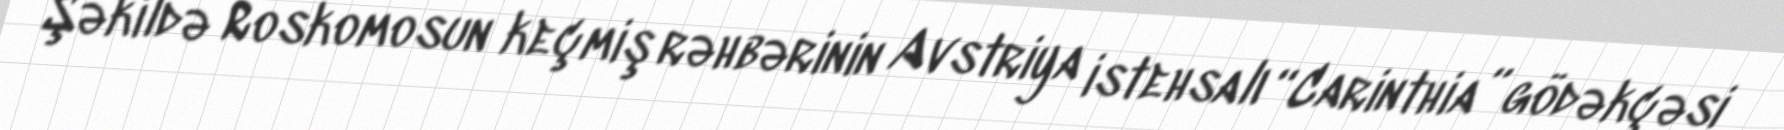
Şəkildə Roskomosun keçmiş rəhbərinin Avstriya istehsalı “Carinthia” gödəkçəsi